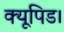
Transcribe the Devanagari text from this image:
क्यूपिड।